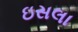
ઇસલા